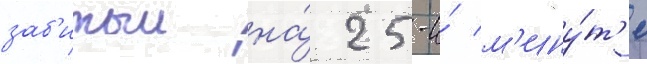
заб'итыи на́ 25-и́ м'ину́т'е